Report on the bubonic plague in Bombay, 1896-1897
Year: 1896
Disease focus: Plague
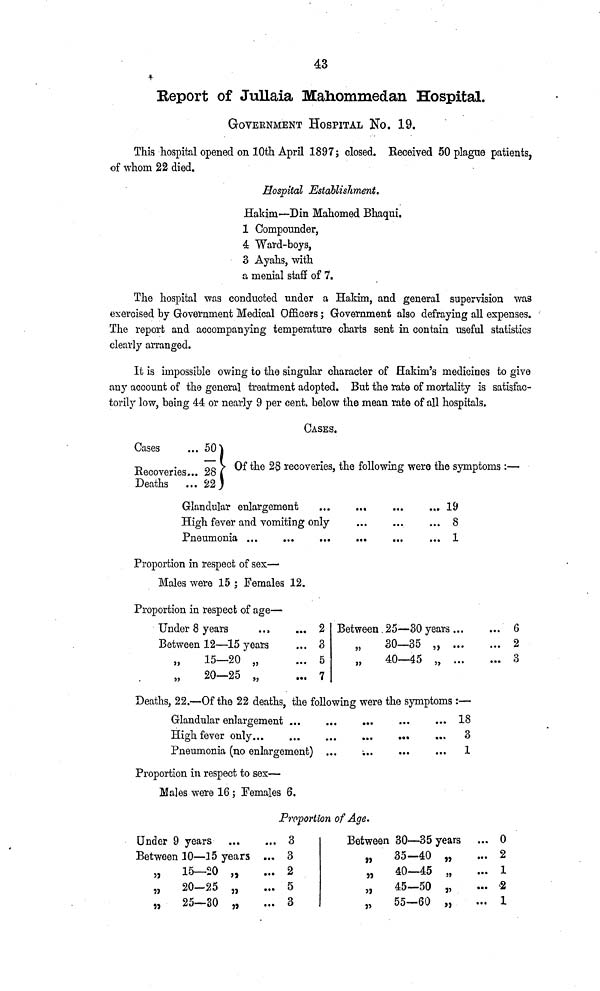
43
Report of Jullaia Mahommedan Hospital.
GOVERNMENT HOSPITAL NO. 19.
This hospital opened on 10th April 1897; closed. Received 50 plague patients,
of whom 22 died.
Hospital Establishment.
Hakim—Din Mahomed Bhaqui.
1 Compounder,
4 Ward-boys,
3 Ayahs, with
a menial staff of 7.
The hospital was conducted under a Hakim, and general supervision was
exercised by Government Medical Officers; Government also defraying all expenses.
The report and accompanying temperature charts sent in contain useful statistics
clearly arranged.
It is impossible owing to the singular character of Hakim's medicines to give
any account of the general treatment adopted. But the rate of mortality is satisfac-
torily low, being 44 or nearly 9 per cent, below the mean rate of all hospitals.
CASES.
Cases
Recoveries...
Deaths
50
28
22
Of the 28 recoveries, the following were the symptoms :—
High fever and vomiting only
Pneumonia ...
...
...
...
...
...
...
...
...
...
19
8
1
Proportion in respect of sex—
Males were 15; Females 12.
Proportion in respect of age—
Under 8 years
...
Between 12—15 years
„
15—20 „
„
20—25 „
... 2
... 3
... 5
... 7
Between 25—30 years...
„
30—35 „ ...
"
40—45 „ ...
...
...
...
6
2
3
Deaths, 22.—Of the 22 deaths, the following were the symptoms :—
Glandular enlargement ...
High fever only... ...
Pneumonia (no enlargement)
...
...
...
...
...
...
...
...
...
...
...
...
18
3
1
Proportion in respect to sex—
Males were 16 ; Females 6.
Proportion of Age.
Under 9 years
Between 10—15 years
„
15—20 „
„
20—25 „
"
2o—30 "
...
...
...
...
...
3
3
2
5
3
Between 30—35 years
„
35—40 „
„
40—45 „
„
45—50 „
„
55—60 „
...
...
...
...
...
0
2
1
2
1